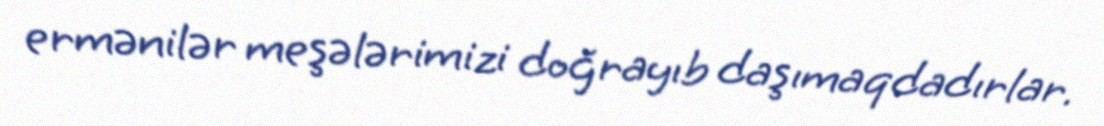
ermənilər meşələrimizi doğrayıb daşımaqdadırlar.